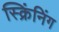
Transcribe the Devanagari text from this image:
स्क्रिंनिंग